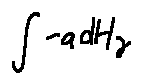
\int - a d H _ { \gamma }